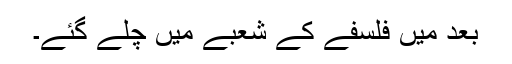
بعد میں فلسفے کے شعبے میں چلے گئے۔